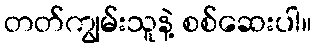
တတ်ကျွမ်းသူနဲ့ စစ်ဆေးပါ။